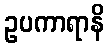
ဥပကာရာနိ